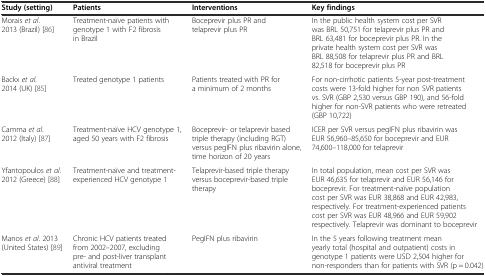
| Study (setting) | Patients | Interventions | Key findings |
 | --- | --- | --- | --- |
 | Morais et al. 2013 (Brazil) [86] | Treatment-naïve patients with genotype 1 with F2 fibrosis in Brazil | Boceprevir plus PR and telaprevir plus PR | In the public health system cost per SVR was BRL 50,751 for telaprevir plus PR and BRL 63,481 for boceprevir plus PR. In the private health system cost per SVR was BRL 88,508 for telaprevir plus PR and BRL 82,518 for boceprevir plus PR |
 | Backx et al. 2014 (UK) [85] | Treated genotype 1 patients | Patients treated with PR for a minimum of 2 months | For non-cirrhotic patients 5-year post-treatment costs were 13-fold higher for non SVR patients vs. SVR (GBP 2,530 versus GBP 190), and 56-fold higher for non-SVR patients who were retreated (GBP 10,722) |
 | Camma et al. 2012 (Italy) [87] | Treatment-naïve HCV genotype 1, aged 50 years with F2 fibrosis | Boceprevir- or telaprevir based triple therapy (including RGT) versus pegIFN plus ribavirin alone, time horizon of 20 years | ICER per SVR versus pegIFN plus ribavirin was EUR 56,960–85,650 for boceprevir and EUR 74,600–118,000 for telaprevir |
 | Yfantopoulos et al. 2012 (Greece) [88] | Treatment-naïve and treatment-experienced HCV genotype 1 | Telaprevir-based triple therapy versus boceprevir-based triple therapy | In total population, mean cost per SVR was EUR 46,635 for telaprevir and EUR 56,146 for boceprevir. For treatment-naïve population cost per SVR was EUR 38,868 and EUR 42,983, respectively. For treatment-experienced patients cost per SVR was EUR 48,966 and EUR 59,902 respectively. Telaprevir was dominant to boceprevir |
 | Manos et al. 2013 (United States) [89] | Chronic HCV patients treated from 2002–2007, excluding pre- and post-liver transplant antiviral treatment | PegIFN plus ribavirin | In the 5 years following treatment mean yearly total (hospital and outpatient) costs in genotype 1 patients were USD 2,504 higher for non-responders than for patients with SVR (p = 0.042) |